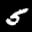
Label: 5